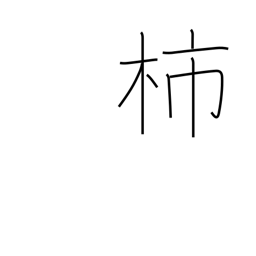
Meaning: persimmon